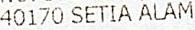
40170 SETIA ALAM